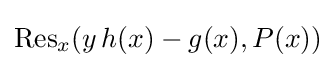
\operatorname {Res} _{x}(y\,h(x)-g(x),P(x))